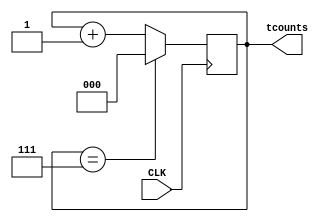
module counter (
    input CLK,
    output reg [2:0] tcounts
);

    // Initialize tcounts to 000
    initial tcounts = 3'b000;

    always @(posedge CLK) begin
        if (tcounts == 3'b111) begin
            tcounts <= 3'b000;
        end else begin
            tcounts <= tcounts + 3'b001; // Increment tcounts
        end
    end

endmodule